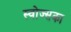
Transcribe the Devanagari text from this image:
स्वोज्सका